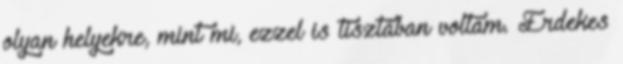
olyan helyekre, mint mi, ezzel is tisztában voltam. Érdekes